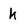
Character: k